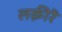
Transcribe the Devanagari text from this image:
लक़ीरें